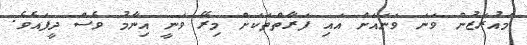
މައުރަޒުން ވަނަ ވަނައަށް އައި ފަރާތްތަކަށް މިރޭ ވަނީ އިނާމު ވެސް ދީފައެވެ.